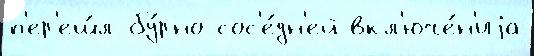
п'ер'еш́л бу́рно сос'е́дн'ей вкл'юче́н'иjа